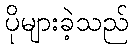
ပိုများခဲ့သည်